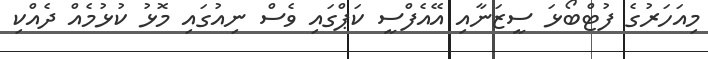
މިއަހަރުގެ ފުޓްބޯޅަ ސީޒަނާއި އޭއެފްސީ ކަޕްގައި ވެސް ނިއުގައި މޮޅު ކުޅުމެއް ދެއްކި